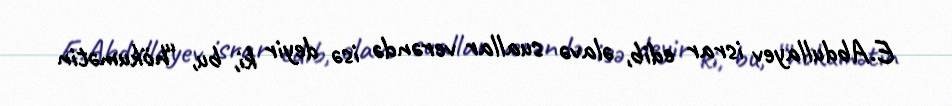
E.Abdullayev israr edib, əlavə suallar verəndə isə deyir ki, bu, “hökumətin